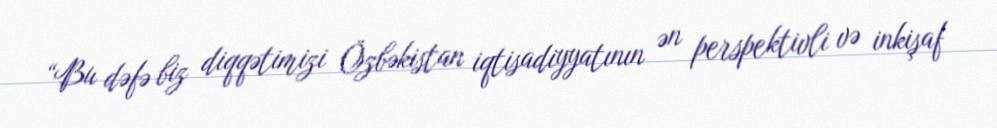
“Bu dəfə biz diqqətimizi Özbəkistan iqtisadiyyatının ən perspektivli və inkişaf